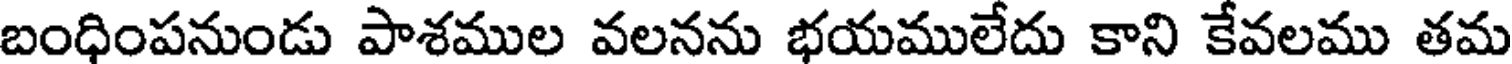
బంధింపనుండు పాశముల వలనను భయములేదు కాని కేవలము తమ